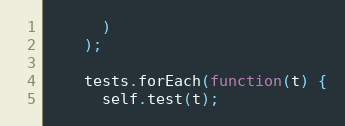
Language: JavaScript
      )
    );

    tests.forEach(function(t) {
      self.test(t);